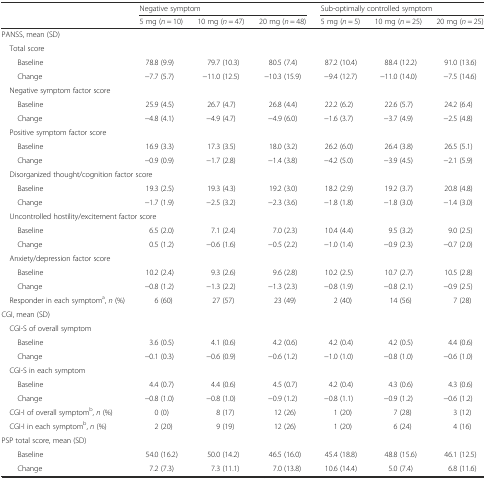
<table><thead><tr><td rowspan="2"></td><td colspan="3"><b>Negative symptom</b></td><td colspan="3"><b>Sub-optimally controlled symptom</b></td></tr><tr><td><b>5 mg (<i>n</i> = 10)</b></td><td><b>10 mg (<i>n</i> = 47)</b></td><td><b>20 mg (<i>n</i> = 48)</b></td><td><b>5 mg (<i>n</i> = 5)</b></td><td><b>10 mg (<i>n</i> = 25)</b></td><td><b>20 mg (<i>n</i> = 25)</b></td></tr></thead><tbody><tr><td colspan="7">PANSS, mean (SD)</td></tr><tr><td colspan="7"> Total score</td></tr><tr><td>Baseline</td><td>78.8 (9.9)</td><td>79.7 (10.3)</td><td>80.5 (7.4)</td><td>87.2 (10.4)</td><td>88.4 (12.2)</td><td>91.0 (13.6)</td></tr><tr><td>Change</td><td>−7.7 (5.7)</td><td>−11.0 (12.5)</td><td>−10.3 (15.9)</td><td>−9.4 (12.7)</td><td>−11.0 (14.0)</td><td>−7.5 (14.6)</td></tr><tr><td colspan="7"> Negative symptom factor score</td></tr><tr><td>Baseline</td><td>25.9 (4.5)</td><td>26.7 (4.7)</td><td>26.8 (4.4)</td><td>22.2 (6.2)</td><td>22.6 (5.7)</td><td>24.2 (6.4)</td></tr><tr><td>Change</td><td>−4.8 (4.1)</td><td>−4.9 (4.7)</td><td>−4.9 (6.0)</td><td>−1.6 (3.7)</td><td>−3.7 (4.9)</td><td>−2.5 (4.8)</td></tr><tr><td colspan="7"> Positive symptom factor score</td></tr><tr><td>Baseline</td><td>16.9 (3.3)</td><td>17.3 (3.5)</td><td>18.0 (3.2)</td><td>26.2 (6.0)</td><td>26.4 (3.8)</td><td>26.5 (5.1)</td></tr><tr><td>Change</td><td>−0.9 (0.9)</td><td>−1.7 (2.8)</td><td>−1.4 (3.8)</td><td>−4.2 (5.0)</td><td>−3.9 (4.5)</td><td>−2.1 (5.9)</td></tr><tr><td colspan="7"> Disorganized thought/cognition factor score</td></tr><tr><td>Baseline</td><td>19.3 (2.5)</td><td>19.3 (4.3)</td><td>19.2 (3.0)</td><td>18.2 (2.9)</td><td>19.2 (3.7)</td><td>20.8 (4.8)</td></tr><tr><td>Change</td><td>−1.7 (1.9)</td><td>−2.5 (3.2)</td><td>−2.3 (3.6)</td><td>−1.8 (1.8)</td><td>−1.8 (3.0)</td><td>−1.4 (3.0)</td></tr><tr><td colspan="7"> Uncontrolled hostility/excitement factor score</td></tr><tr><td>Baseline</td><td>6.5 (2.0)</td><td>7.1 (2.4)</td><td>7.0 (2.3)</td><td>10.4 (4.4)</td><td>9.5 (3.2)</td><td>9.0 (2.5)</td></tr><tr><td>Change</td><td>0.5 (1.2)</td><td>−0.6 (1.6)</td><td>−0.5 (2.2)</td><td>−1.0 (1.4)</td><td>−0.9 (2.3)</td><td>−0.7 (2.0)</td></tr><tr><td colspan="7"> Anxiety/depression factor score</td></tr><tr><td>Baseline</td><td>10.2 (2.4)</td><td>9.3 (2.6)</td><td>9.6 (2.8)</td><td>10.2 (2.5)</td><td>10.7 (2.7)</td><td>10.5 (2.8)</td></tr><tr><td>Change</td><td>−0.8 (1.2)</td><td>−1.3 (2.2)</td><td>−1.3 (2.3)</td><td>−0.8 (1.9)</td><td>−0.8 (2.1)</td><td>−0.9 (2.5)</td></tr><tr><td> Responder in each symptom<sup>a</sup>, <i>n</i> (%)</td><td>6 (60)</td><td>27 (57)</td><td>23 (49)</td><td>2 (40)</td><td>14 (56)</td><td>7 (28)</td></tr><tr><td colspan="7">CGI, mean (SD)</td></tr><tr><td colspan="7"> CGI-S of overall symptom</td></tr><tr><td>Baseline</td><td>3.6 (0.5)</td><td>4.1 (0.6)</td><td>4.2 (0.6)</td><td>4.2 (0.4)</td><td>4.2 (0.5)</td><td>4.4 (0.6)</td></tr><tr><td>Change</td><td>−0.1 (0.3)</td><td>−0.6 (0.9)</td><td>−0.6 (1.2)</td><td>−1.0 (1.0)</td><td>−0.8 (1.0)</td><td>−0.6 (1.0)</td></tr><tr><td colspan="7"> CGI-S in each symptom</td></tr><tr><td>Baseline</td><td>4.4 (0.7)</td><td>4.4 (0.6)</td><td>4.5 (0.7)</td><td>4.2 (0.4)</td><td>4.3 (0.6)</td><td>4.3 (0.6)</td></tr><tr><td>Change</td><td>−0.8 (1.0)</td><td>−0.8 (1.0)</td><td>−0.9 (1.2)</td><td>−0.8 (1.1)</td><td>−0.9 (1.2)</td><td>−0.6 (1.2)</td></tr><tr><td> CGI-I of overall symptom<sup>b</sup>, <i>n</i> (%)</td><td>0 (0)</td><td>8 (17)</td><td>12 (26)</td><td>1 (20)</td><td>7 (28)</td><td>3 (12)</td></tr><tr><td> CGI-I in each symptom<sup>b</sup>, <i>n</i> (%)</td><td>2 (20)</td><td>9 (19)</td><td>12 (26)</td><td>1 (20)</td><td>6 (24)</td><td>4 (16)</td></tr><tr><td colspan="7">PSP total score, mean (SD)</td></tr><tr><td>Baseline</td><td>54.0 (16.2)</td><td>50.0 (14.2)</td><td>46.5 (16.0)</td><td>45.4 (18.8)</td><td>48.8 (15.6)</td><td>46.1 (12.5)</td></tr><tr><td>Change</td><td>7.2 (7.3)</td><td>7.3 (11.1)</td><td>7.0 (13.8)</td><td>10.6 (14.4)</td><td>5.0 (7.4)</td><td>6.8 (11.6)</td></tr></tbody></table>